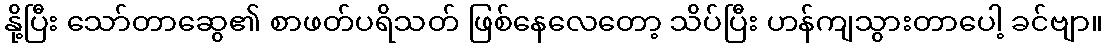
နို့ပြီး သော်တာဆွေ၏ စာဖတ်ပရိသတ် ဖြစ်နေလေတော့ သိပ်ပြီး ဟန်ကျသွားတာပေါ့ ခင်ဗျာ။